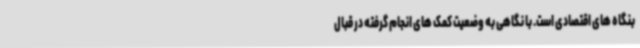
بنگاه های اقتصادی است. با نگاهی به وضعیت کمک های انجام گرفته در قبال